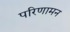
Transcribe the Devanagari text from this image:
परिणामन